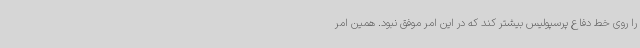
را روی خط دفاع پرسپولیس بیشتر کند که در این امر موفق نبود. همین امر